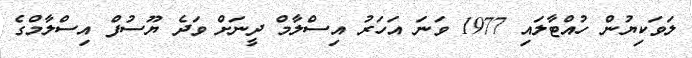
ލަވަކިޔުން ހުއްޓާލައި 1977 ވަނަ އަހަރު އިސްލާމް ދީނަށް ވަދެ ޔޫސުފް އިސްލާމްގެ